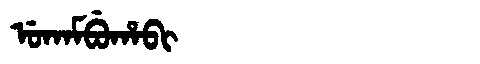
Manchu: ᡠᡴᠠᠮᠪᡠᡥᠠᠪᡳ
Romanization: UKAMBUHABI